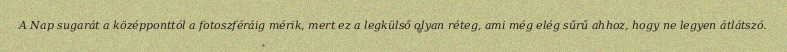
A Nap sugarát a középponttól a fotoszféráig mérik, mert ez a legkülső olyan réteg, ami még elég sűrű ahhoz, hogy ne legyen átlátszó.